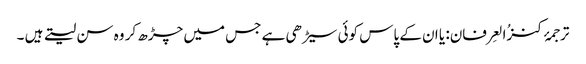
ترجمۂ کنزُالعِرفان: یا ان کے پاس کوئی سیڑھی ہے جس میں چڑھ کر وہ سن لیتے ہیں ۔